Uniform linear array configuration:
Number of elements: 48
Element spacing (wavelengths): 1
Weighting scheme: uniform
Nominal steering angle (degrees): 30
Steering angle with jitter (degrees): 29.86
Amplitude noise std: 0.05
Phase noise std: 0.05

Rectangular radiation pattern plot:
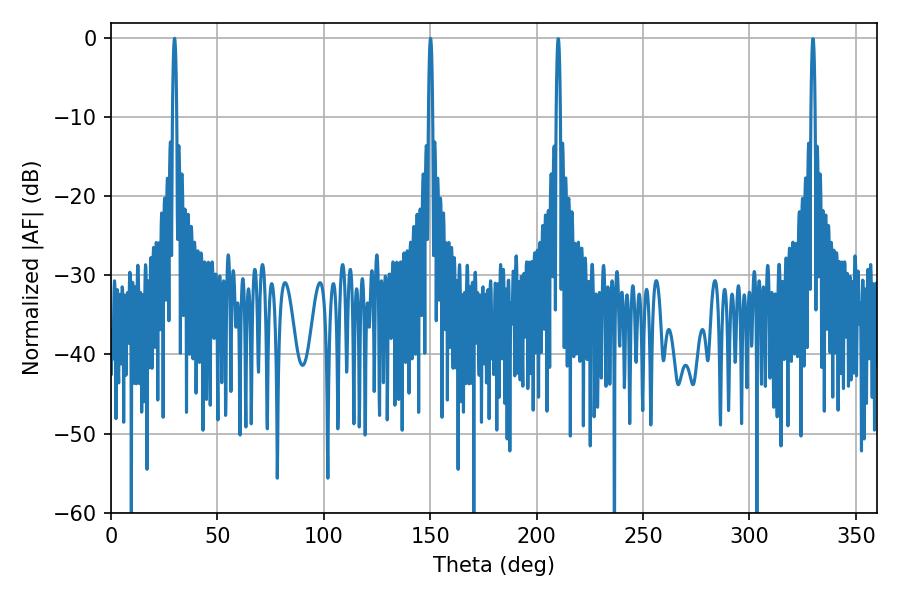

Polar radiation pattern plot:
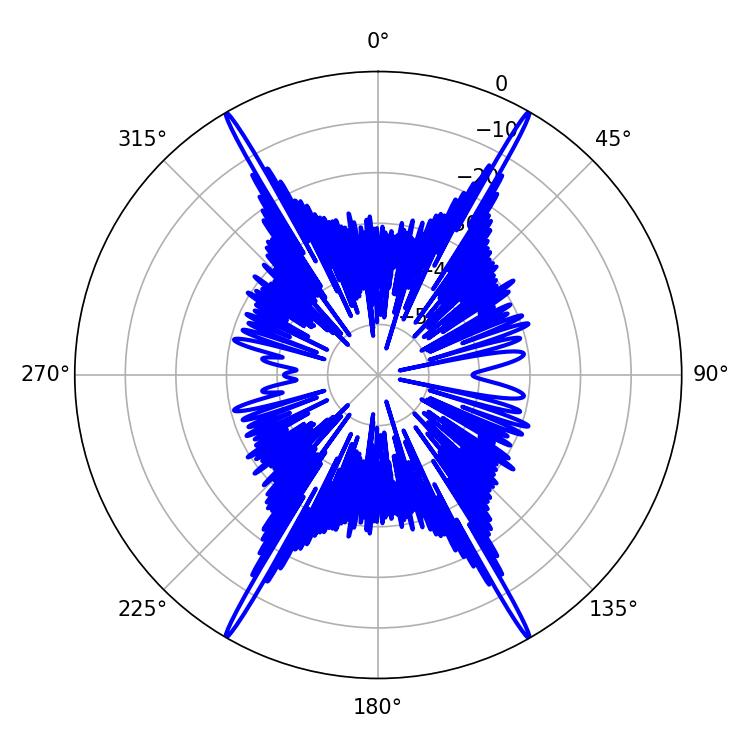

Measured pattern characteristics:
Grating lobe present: TRUE
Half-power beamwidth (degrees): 1.08
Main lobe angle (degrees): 29.88